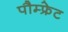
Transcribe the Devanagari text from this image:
पौम्‍फ्रेट